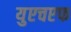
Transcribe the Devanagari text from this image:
युएचएफ